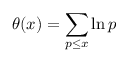
\theta ( x ) = \sum _ { p \leq x } \ln p